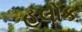
હૂલોક